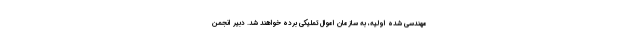
مهندسی شده اولیه، به سازمان اموال تملیکی برده خواهند شد. دبیر انجمن